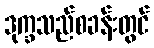
ဒုက္ခသည်စခန်းတွင်